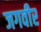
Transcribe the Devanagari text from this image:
जगवीर